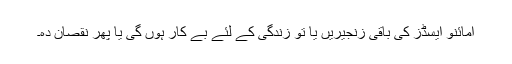
امائنو ایسڈز کی باقی زنجیریں یا تو زندگی کے لئے بے کار ہوں گی یا پھر نقصان دہ۔